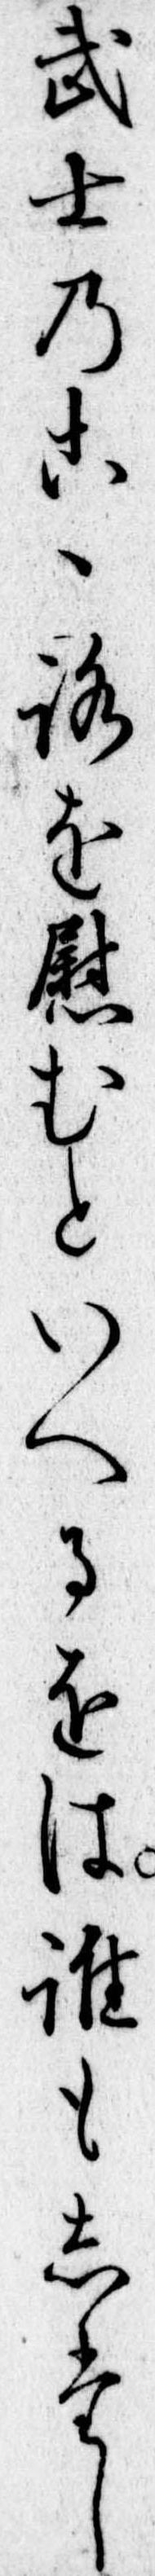
武士のこゝろを慰むといへるをは誰もしたし